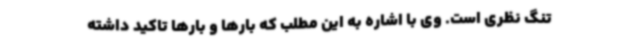
تنگ نظری است. وی با اشاره به این مطلب که بارها و بارها تاکید داشته